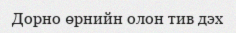
Дорно өрнийн олон тив дэх